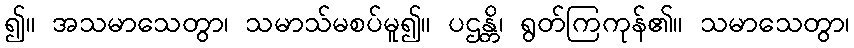
၍။ အသမာသေတွာ၊ သမာသ်မစပ်မူ၍။ ပဌန္တိ၊ ရွတ်ကြကုန်၏။ သမာသေတွာ၊